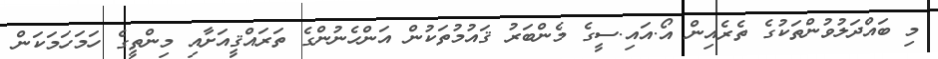
މި ބައްދަލުވުންތަކުގެ ތެރެއިން އޯ.އައި.ސީގެ މެންބަރު ޤައުމުތަކުން އަންހެނުންގެ ތަރައްޤީއަށާއި މިންތީގެ ހަމަހަމަކަން